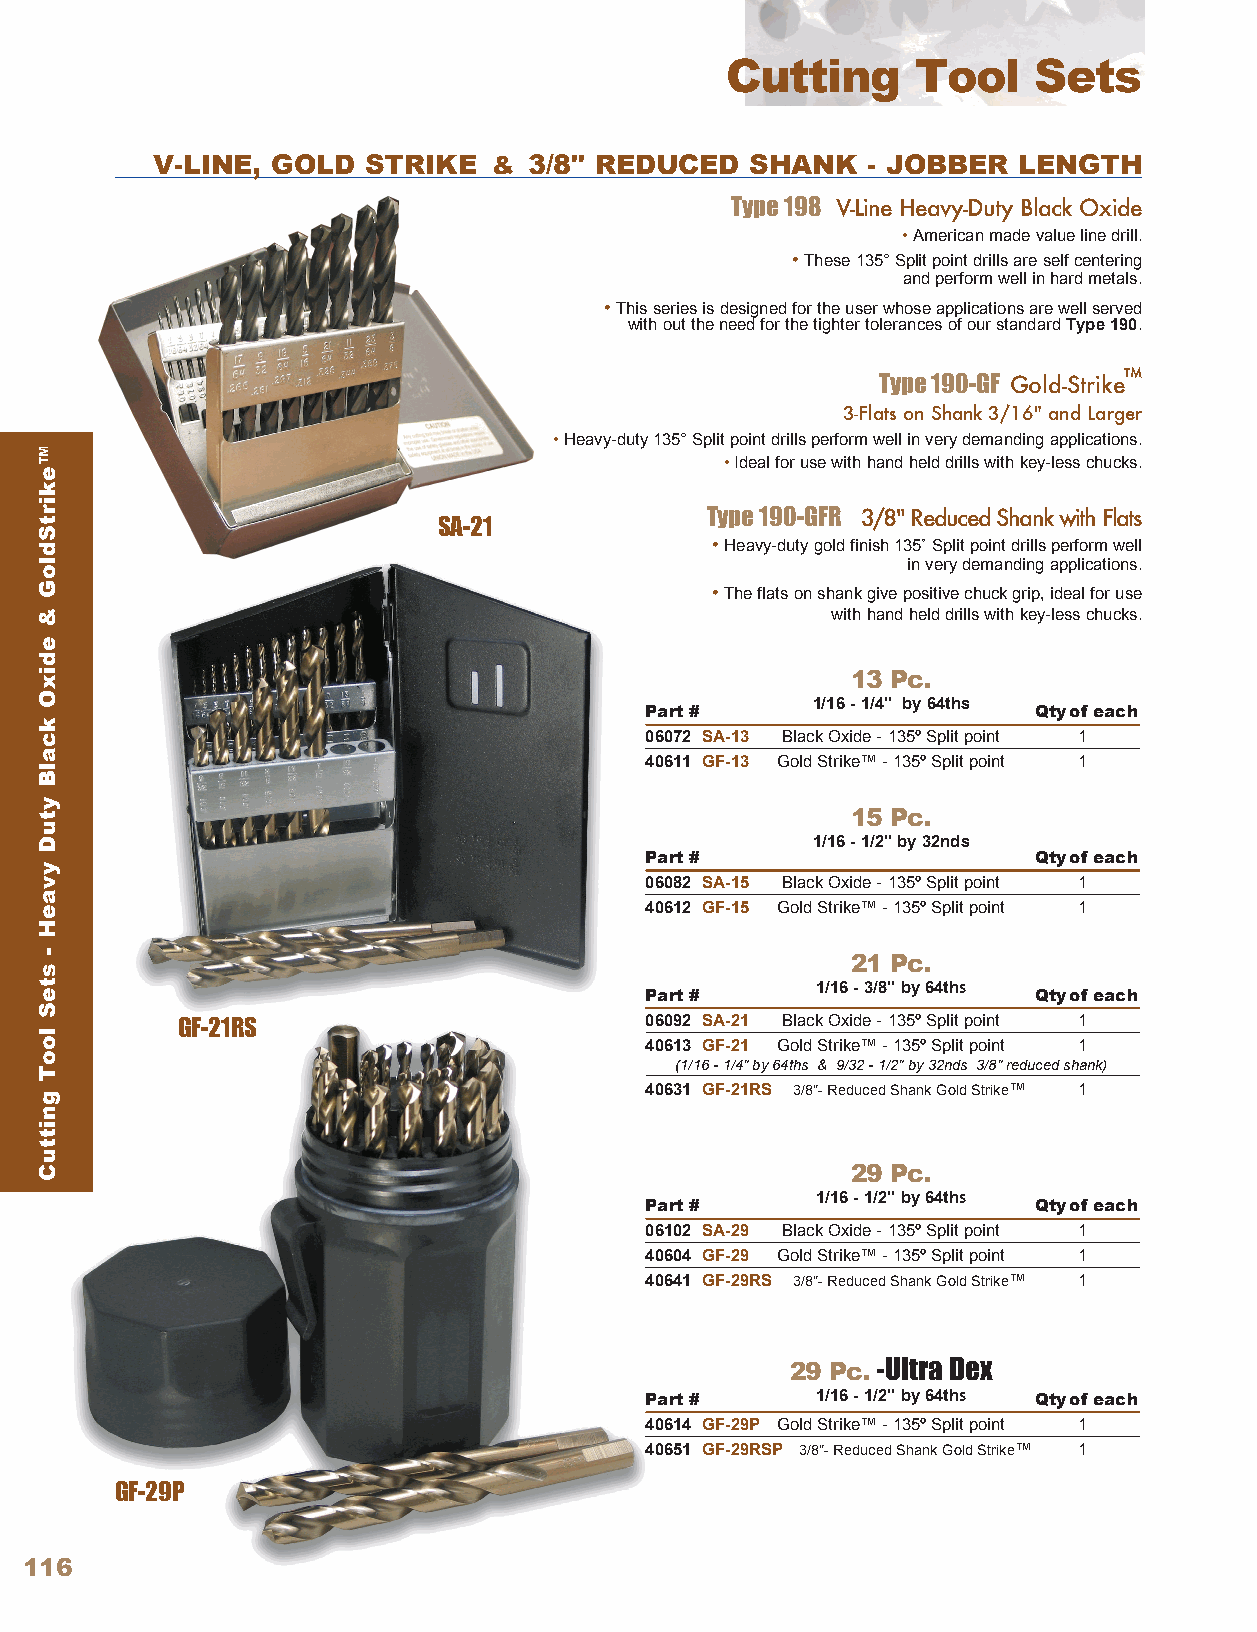
Cutting      Tool   Sets
 V-LINE, GOLD  STRIKE   & 3/8" REDUCED   SHANK  - JOBBER  LENGTH
 Type 198 V-Line Heavy-Duty Black Oxide
 • American made value line drill .
 • These 135° Split point drills are self centering
 and perform well in hard metals .
 • This series is designed for the user whose applications are well served
 with out the need for the tighter tolerances of our standard Type 190 .
 ™
 Type 190-GF Gold-Strike
 3-Flats on Shank 3/16" and Larger
 • Heavy-duty 135° Split point drills perform well in very demanding applications .
 • Ideal for use with hand held drills with key-less chucks .
 Type 190-GFR 3/8" Reduced Shank with Flats
 SA-21
 • Heavy-duty gold finish 135˚ Split point drills perform well
 in very demanding applications .
 • The flats on shank give positive chuck grip, ideal for use
 with hand held drills with key-less chucks .
 13 Pc.
 Part #
 1/16 - 1/4" by 64ths
 Qty of e ach
 06072 SA-13 Black Oxide - 135º Split point 1
 40611 GF-13 Gold Strike™ - 135º Split point 1
 15 Pc.
 1/16 - 1/2" by 32nds
 Part #                   Qty of each
 06082 SA-15 Black Oxide - 135º Split point 1
 40612 GF-15 Gold Strike™ - 135º Split point 1
 21 Pc.
 Part #
 1/16 - 3/8" by 64ths
 Qty of e ach
 GF-21RS                        06092 SA-21 Black Oxide - 135º Split point 1
 40613 GF-21 Gold Strike™ - 135º Split point 1
 (1/16 - 1/4" by 64ths & 9/32 - 1/2" by 32nds 3/8" reduced shank)
 40631 GF-21RS 3/8"- Reduced Shank Gold Strike™ 1
 29 Pc.
 Part #
 1/16 - 1/2" by 64ths
 Qty of e ach
 06102 SA-29 Black Oxide - 135º Split point 1
 40604 GF-29 Gold Strike™ - 135º Split point 1
 40641 GF-29RS 3/8"- Reduced Shank Gold Strike™ 1
 29 Pc. - Ultra Dex
 Part #     1/16 - 1/2" by 64ths Qty of e ach
 40614 GF-29P Gold Strike™ - 135º Split point 1
 40651 GF-29RSP 3/8"- Reduced Shank Gold Strike™ 1
 GF-29P
 116
 ™ekirtSdloG
 &
 edixO
 kcalB
 ytuD
 yvaeH
 -
 steS
 looT
 gnittuC